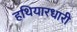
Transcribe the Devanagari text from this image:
हथियारधारी